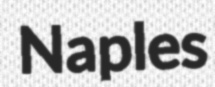
Naples